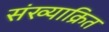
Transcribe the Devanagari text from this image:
संख्याक्रित